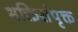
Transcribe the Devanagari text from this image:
भक्तिसंपृक्त